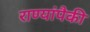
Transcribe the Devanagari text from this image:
राण्यांपैकी